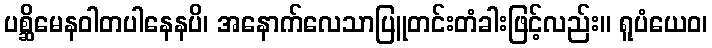
ပစ္ဆိမေနဝါတပါနေနပိ၊ အနောက်လေသာပြူတင်းတံခါးဖြင့်လည်း။ ရူပံယေဝ၊